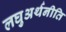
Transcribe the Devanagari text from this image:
लघुअर्थनीति